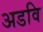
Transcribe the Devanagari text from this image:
अडवि